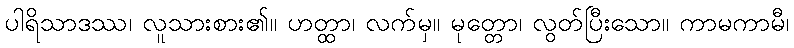
ပါရိသာဒဿ၊ လူသားစား၏။ ဟတ္ထာ၊ လက်မှ။ မုတ္တော၊ လွတ်ပြီးသော။ ကာမကာမီ၊